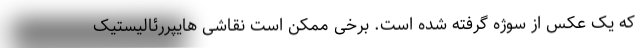
که یک عکس از سوژه گرفته شده است. برخی ممکن است نقاشی هایپررئالیستیک